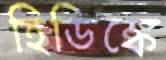
হিডিঙ্কে